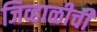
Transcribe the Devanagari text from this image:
जिव्हाळीची